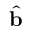
\hat { \mathbf { b } }